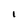
Character: I